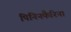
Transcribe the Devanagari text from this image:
पिनिनफैरिना